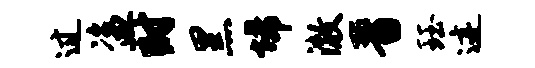
过盗时黑埽澈晋珏迹